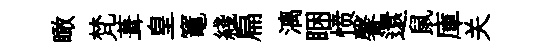
瞰梵葺皇竈綫扁漓睏愤馨還鼠庫关